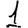
Digit: 1